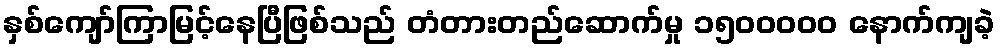
နှစ်ကျော်ကြာမြင့်နေပြီဖြစ်သည် တံတားတည်ဆောက်မှု ၁၅၀၀ဝဝဝ နောက်ကျခဲ့